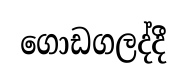
ගොඩගලද්දී